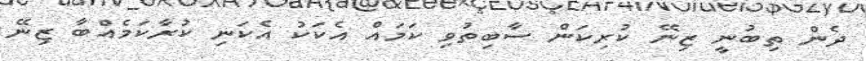
ދެން ތިބުނީ ޒިނޭ ކުރިކަން ސާބިތުވި ކަމައް އެކަކު އެކަނި ކުރާކަމެއްބާ ޒިނޭ